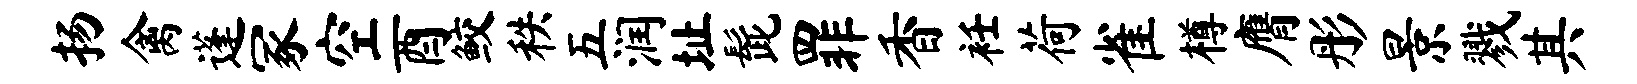
扬禽蓬冢空酉鲛秩五润址髭罪香衽荷雀樽膺彤景戮其